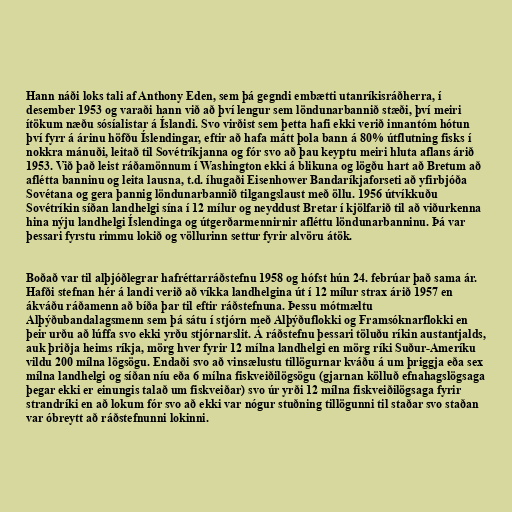
Hann náði loks tali af Anthony Eden, sem þá gegndi embætti utanríkisráðherra, í
desember 1953 og varaði hann við að því lengur sem löndunarbannið stæði, því meiri
ítökum næðu sósíalistar á Íslandi. Svo virðist sem þetta hafi ekki verið innantóm hótun
því fyrr á árinu höfðu Íslendingar, eftir að hafa mátt þola bann á 80% útflutning fisks í
nokkra mánuði, leitað til Sovétríkjanna og fór svo að þau keyptu meiri hluta aflans árið
1953. Við það leist ráðamönnum í Washington ekki á blikuna og lögðu hart að Bretum að
aflétta banninu og leita lausna, t.d. íhugaði Eisenhower Bandaríkjaforseti að yfirbjóða
Sovétana og gera þannig löndunarbannið tilgangslaust með öllu. 1956 útvíkkuðu
Sovétríkin síðan landhelgi sína í 12 mílur og neyddust Bretar í kjölfarið til að viðurkenna
hina nýju landhelgi Íslendinga og útgerðarmennirnir afléttu löndunarbanninu. Þá var
þessari fyrstu rimmu lokið og völlurinn settur fyrir alvöru átök.

Boðað var til alþjóðlegrar hafréttarráðstefnu 1958 og hófst hún 24. febrúar það sama ár.
Hafði stefnan hér á landi verið að víkka landhelgina út í 12 mílur strax árið 1957 en
ákváðu ráðamenn að bíða þar til eftir ráðstefnuna. Þessu mótmæltu
Alþýðubandalagsmenn sem þá sátu í stjórn með Alþýðuflokki og Framsóknarflokki en
þeir urðu að lúffa svo ekki yrðu stjórnarslit. Á ráðstefnu þessari töluðu ríkin austantjalds,
auk þriðja heims ríkja, mörg hver fyrir 12 mílna landhelgi en mörg ríki Suður-Ameríku
vildu 200 mílna lögsögu. Endaði svo að vinsælustu tillögurnar kváðu á um þriggja eða sex
mílna landhelgi og síðan níu eða 6 mílna fiskveiðilögsögu (gjarnan kölluð efnahagslögsaga
þegar ekki er einungis talað um fiskveiðar) svo úr yrði 12 mílna fiskveiðilögsaga fyrir
strandríki en að lokum fór svo að ekki var nógur stuðning tillögunni til staðar svo staðan
var óbreytt að ráðstefnunni lokinni.